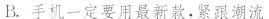
B.手机一定要用最新款，紧跟潮流